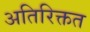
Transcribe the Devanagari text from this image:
अतिरिक्तत